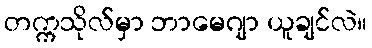
တက္ကသိုလ်မှာ ဘာမေဂျာ ယူချင်လဲ။